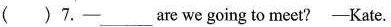
( )7.-___ are we going to meet? -Kate.